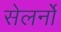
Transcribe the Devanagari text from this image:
सेलर्नो